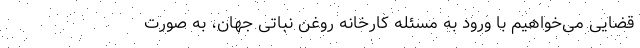
قضایی می‌خواهیم با ورود به مسئله کارخانه روغن نباتی جهان، به صورت